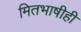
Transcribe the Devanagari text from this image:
मितभाषीही